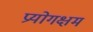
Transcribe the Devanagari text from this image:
प्रयोगक्षम